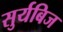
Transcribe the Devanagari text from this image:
सुर्यबिज